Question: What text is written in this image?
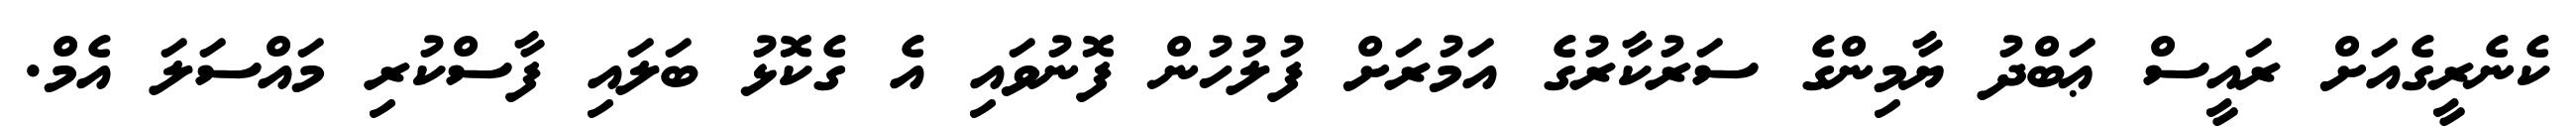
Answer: ކެނެރީގެއަށް ރައީސް ޢަބްދު ޔާމިންގެ ސަރުކާރުގެ އަމުރަށް ފުލުހުން ފޮނުވައި އެ ގެކޮޅު ބަލައި ފާސްކުރި މައްސަލަ އެމް.